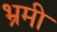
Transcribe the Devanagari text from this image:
भ्रमी